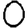
Digit: 0